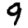
Digit: 9